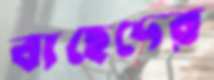
বাছেদের